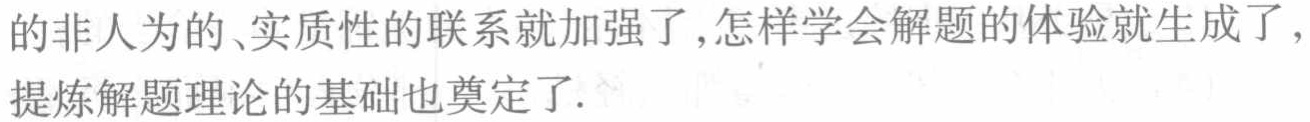
的非人为的、实质性的联系就加强了,怎样学会解题的体验就生成了,提炼解题理论的基础也奠定了.